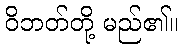
ဝိဘတ်တို့ မည်၏။